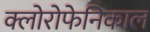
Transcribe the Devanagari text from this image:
क्लोरोफेनिकाल